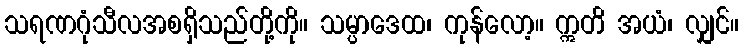
သရဏဂုံသီလအစရှိသည်တို့ကို။ သမ္ပာဒေထ၊ ကုန်လော့။ ဣတိ အယံ၊ လျှင်။